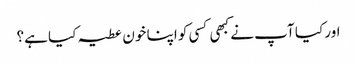
اور کیا آپ نے کبھی کسی کو اپنا خون عطیہ کیا ہے؟